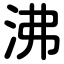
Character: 沸